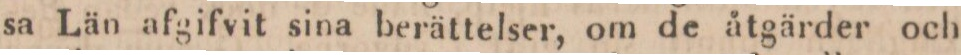
sa Län afgifvit sina berättelser, om de åtgärder och